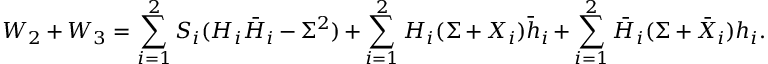
W _ { 2 } + W _ { 3 } = \sum _ { i = 1 } ^ { 2 } S _ { i } ( H _ { i } \bar { H } _ { i } - \Sigma ^ { 2 } ) + \sum _ { i = 1 } ^ { 2 } H _ { i } ( \Sigma + X _ { i } ) \bar { h } _ { i } + \sum _ { i = 1 } ^ { 2 } \bar { H } _ { i } ( \Sigma + \bar { X } _ { i } ) { h } _ { i } .